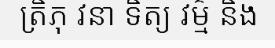
ត្រិភុ វនា ទិត្យ វម៌្ម និង